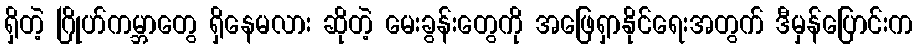
ရှိတဲ့ ဂြိုဟ်ကမ္ဘာတွေ ရှိနေမလား ဆိုတဲ့ မေးခွန်းတွေကို အဖြေရှာနိုင်ရေးအတွက် ဒီမှန်ပြောင်းက